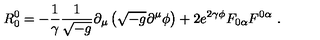
R _ { 0 } ^ { 0 } = - \frac { 1 } { \gamma } \frac { 1 } { \sqrt { - g } } \partial _ { \mu } \left( \sqrt { - g } \partial ^ { \mu } \phi \right) + 2 e ^ { 2 \gamma \phi } F _ { 0 \alpha } F ^ { 0 \alpha } \ .